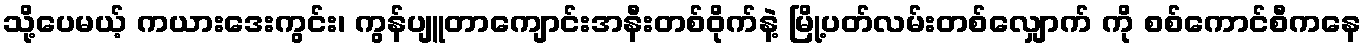
သို့ပေမယ့် ကယားဒေးကွင်း၊ ကွန်ပျူတာကျောင်းအနီးတစ်ဝိုက်နဲ့ မြို့ပတ်လမ်းတစ်လျှောက် ကို စစ်ကောင်စီကနေ